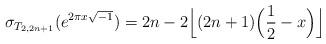
LaTeX: \begin{align*}\sigma_{T_{2,2n+1}}(e^{2\pi x \sqrt{-1}}) = 2n-2\Big\lfloor(2n+1)\Big(\frac12 -x\Big)\Big\rfloor\end{align*}